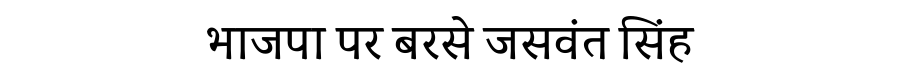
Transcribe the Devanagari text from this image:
भाजपा पर बरसे जसवंत सिंह